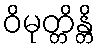
ဝိမုတ္တိန္တိ